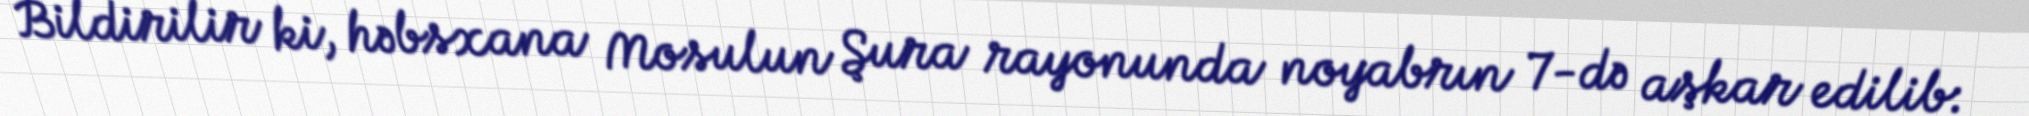
Bildirilir ki, həbsxana Mosulun Şura rayonunda noyabrın 7-də aşkar edilib: